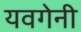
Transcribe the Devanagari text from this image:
यवगेनी